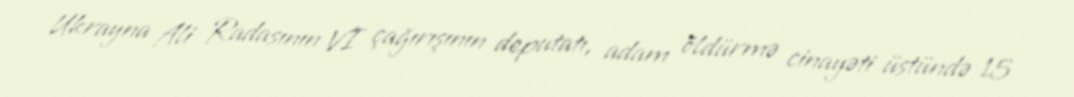
Ukrayna Ali Radasının VI çağırışının deputatı, adam öldürmə cinayəti üstündə 15